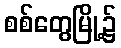
စစ်တွေမြို့၌